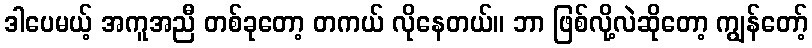
ဒါပေမယ့် အကူအညီ တစ်ခုတော့ တကယ် လိုနေတယ်။ ဘာ ဖြစ်လို့လဲဆိုတော့ ကျွန်တော့်